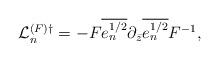
LaTeX: \begin{align*}{\cal L}_n^{(F)\dagger}=-F\overline{e^{1/2}_n}\partial_{\bar z}\overline {e^{1/2}_n}F^{-1},\end{align*}